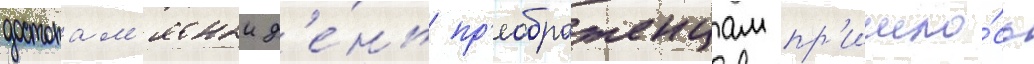
достопам'ятныи д'е́нь пр'еображенцам пр'ишло́сь